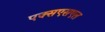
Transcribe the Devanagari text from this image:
एक्सएसएल